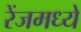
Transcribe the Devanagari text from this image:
रेंजमध्ये